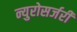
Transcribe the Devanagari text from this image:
न्युरोसर्जरी